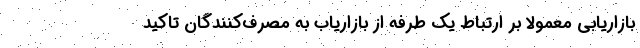
بازاریابی معمولا بر ارتباط یک طرفه از بازاریاب به مصرف‌کنندگان تاکید